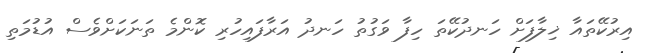
އިރުކޭތައާ ޚިލާފަށް ހަނދުކޭތަ ހިފާ ވަގުތު ހަނދު އަރާފައިހުރި ކޮންމެ ތަނަކަށްވެސް އުޑުމަތި